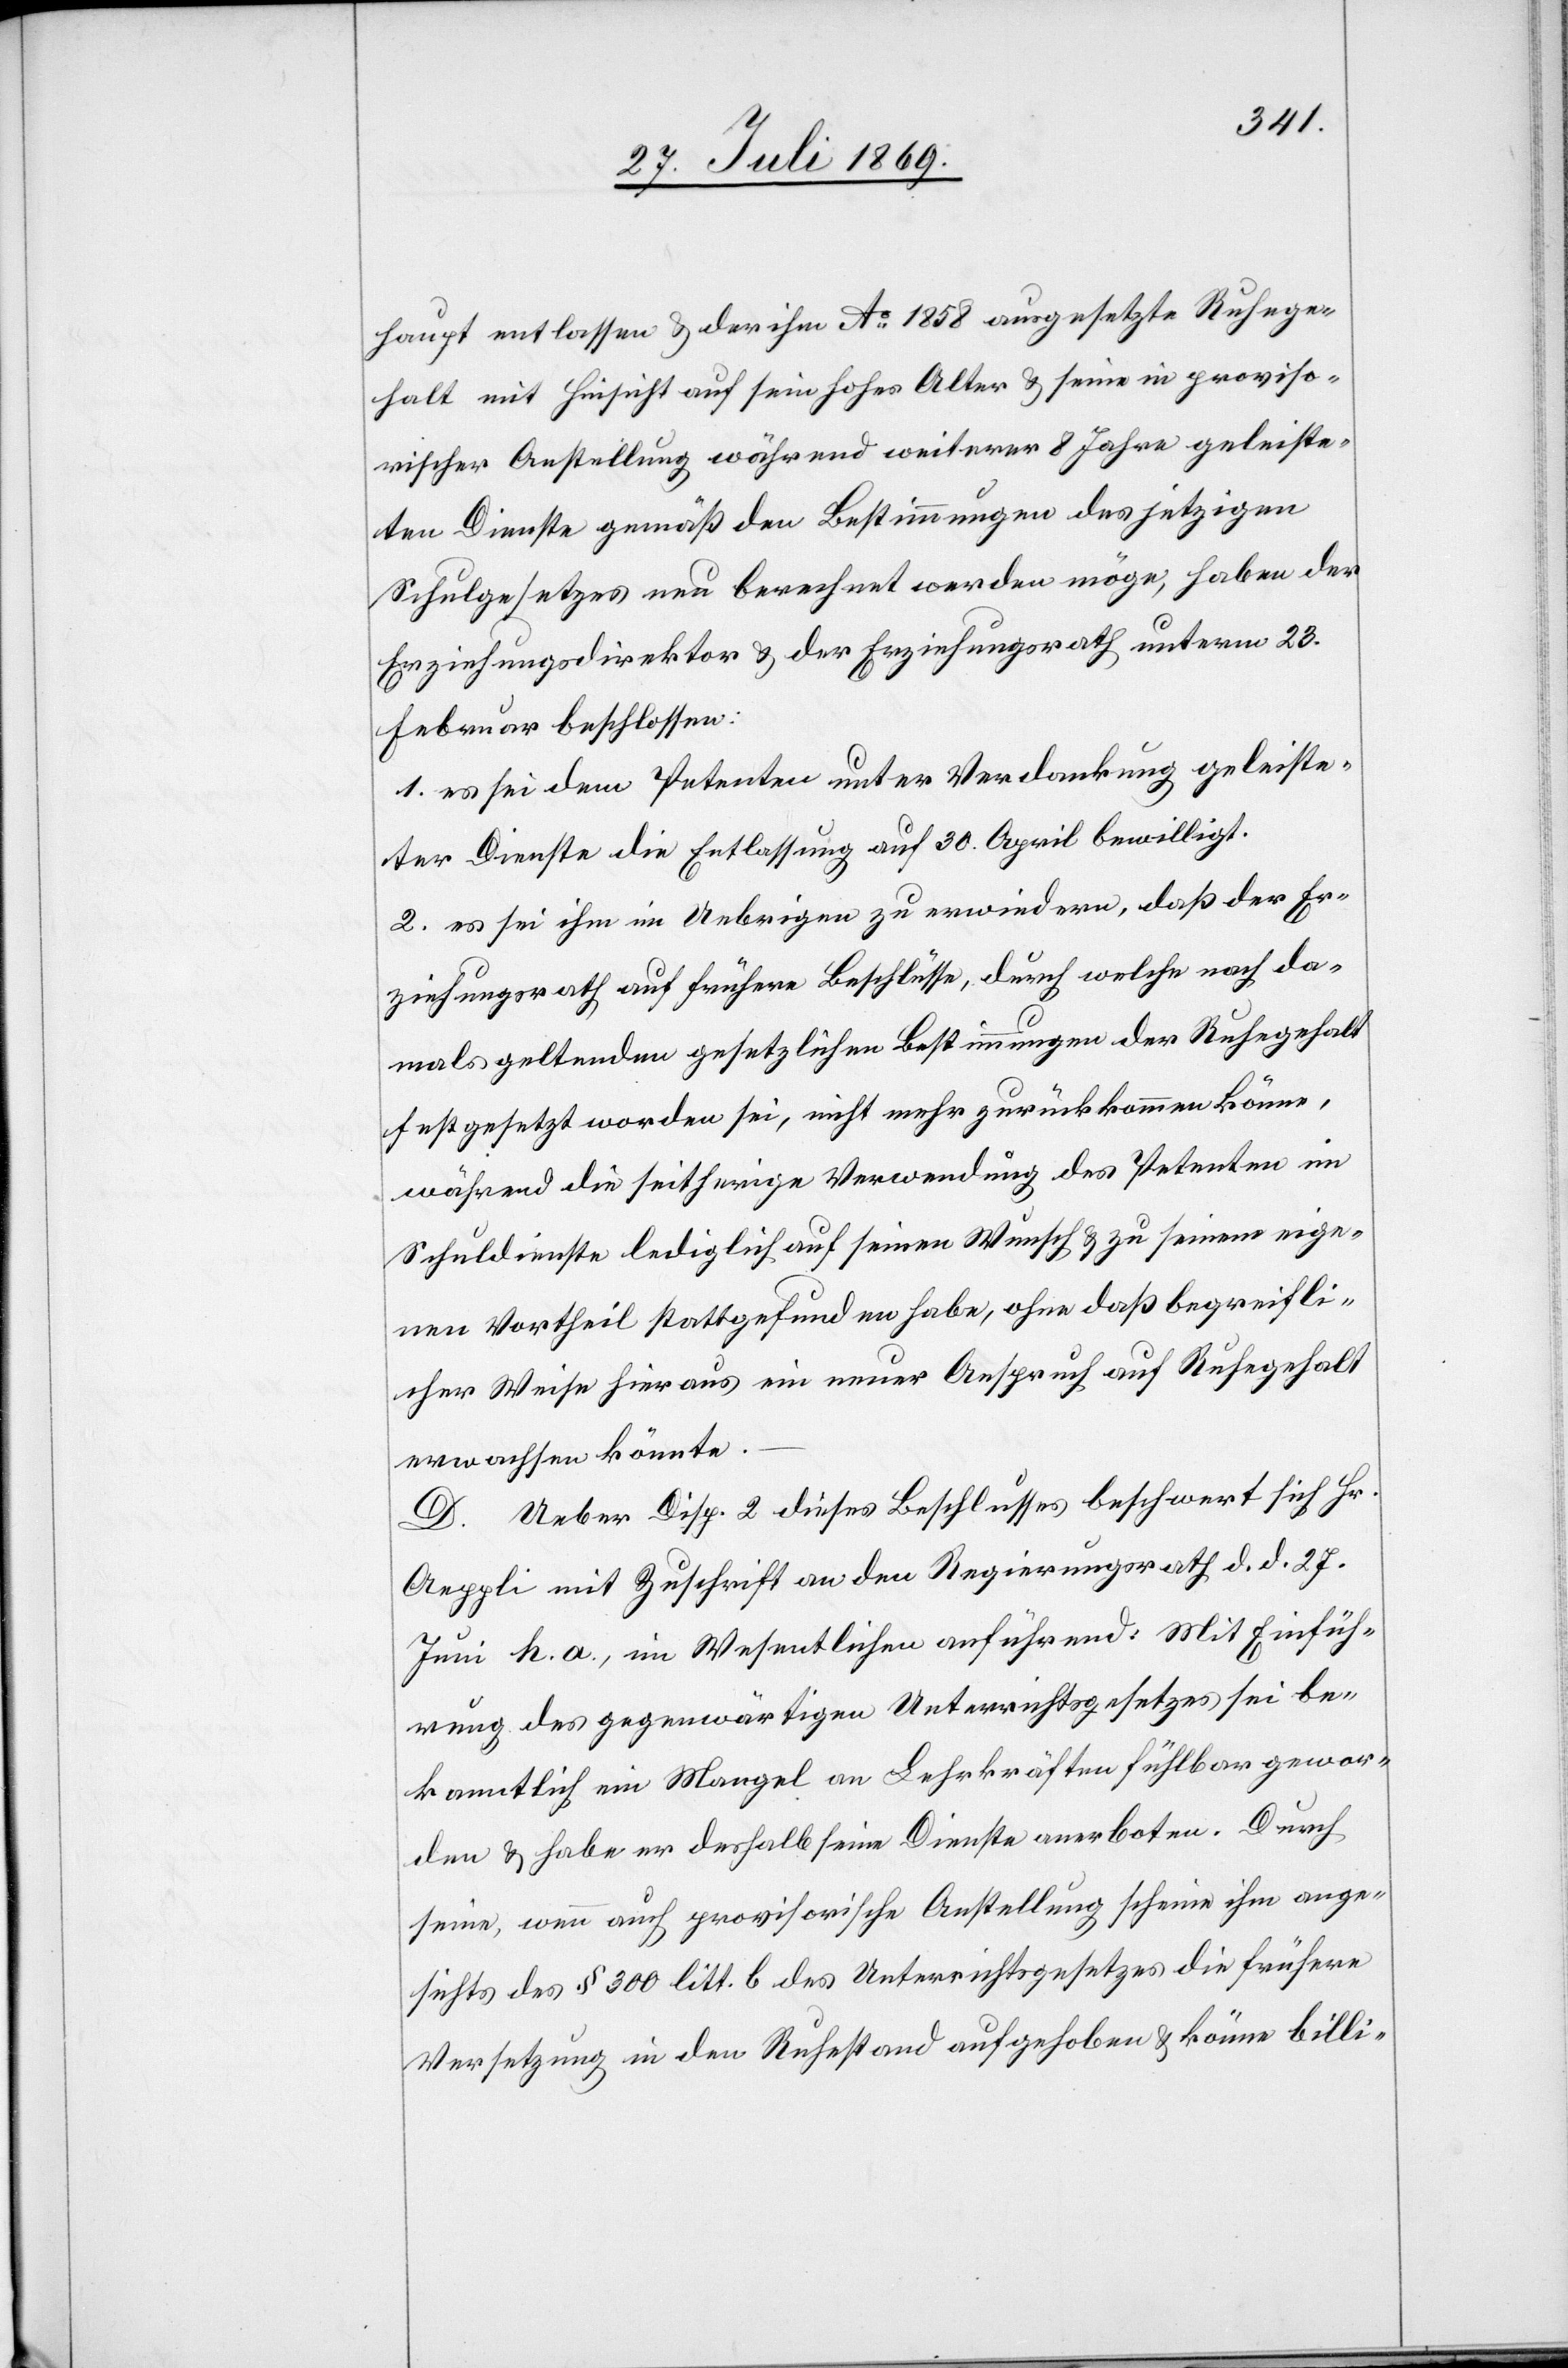
haupt entlassen u. der ihm Ao. 1858 ausgesetzte Ruhege¬
halt mit Hinsicht auf sein hohes Alter u. seine in proviso¬
rischer Anstellung während weiterer 8 Jahre geleiste¬
ten Dienste gemäß den Bestimmungen des jetzigen
Schulgesetzes neu berechnet werden möge, haben der
Erziehungsdirektor u. der Erziehungsrath unterm 23.
Februar beschlossen:
1. es sei dem Petenten unter Verdankung geleiste¬
ter Dienste die Entlassung auf 30 April bewilligt.
2. es sei ihm im Uebrigen zu erwiedern, daß der Er¬
ziehungsrath auf frühere Beschlüsse, durch welche nach da¬
mals geltenden gesetzlichen Bestimmungen der Ruhegehalt
festgesetzt worden sei, nicht mehr zurückkommen könne,
während die seitherige Verwendung des Petenten im
Schuldienste lediglich auf seinen Wunsch u. zu seinem eige¬
nen Vortheil stattgefunden habe, ohne daß begreifli¬
cher Weise hieraus ein neuer Anspruch auf Ruhegehalt
erwachsen könnte.
D. Ueber Disp. 2 dieses Beschlusses beschwert sich Hr.
Aeppli mit Zuschrift an den Regierungsrath d. d. 27.
Juni h. a., im Wesentlichen anführend: Mit Einfüh¬
rung des gegenwärtigen Unterrichtsgesetzes sei be¬
kanntlich ein Mangel an Lehrkräften fühlbar gewor¬
den u. habe er deshalb seine Dienste anerboten. Durch
seine, wenn auch provisorische Anstellung scheine ihm ange¬
sichts des § 300 litt. b des Unterrichtsgesetzes die frühere
Versetzung in den Ruhestand aufgehoben u. könne billi-